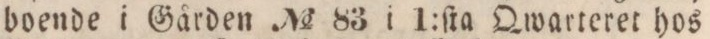
boende i Gården No 83 i 1:ſta Qwarteret hos